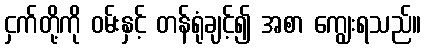
ငှက်တို့ကို ဝမ်းနှင့် တန်ရုံချင့်၍ အစာ ကျွေးရသည်။